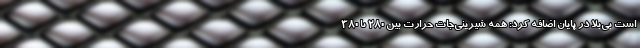
است بی‌بلا در پایان اضافه کرد: همه شیرینی‌جات حرارت بین 280 تا 380